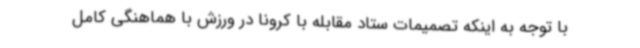
با توجه به اینکه تصمیمات ستاد مقابله با کرونا در ورزش با هماهنگی کامل